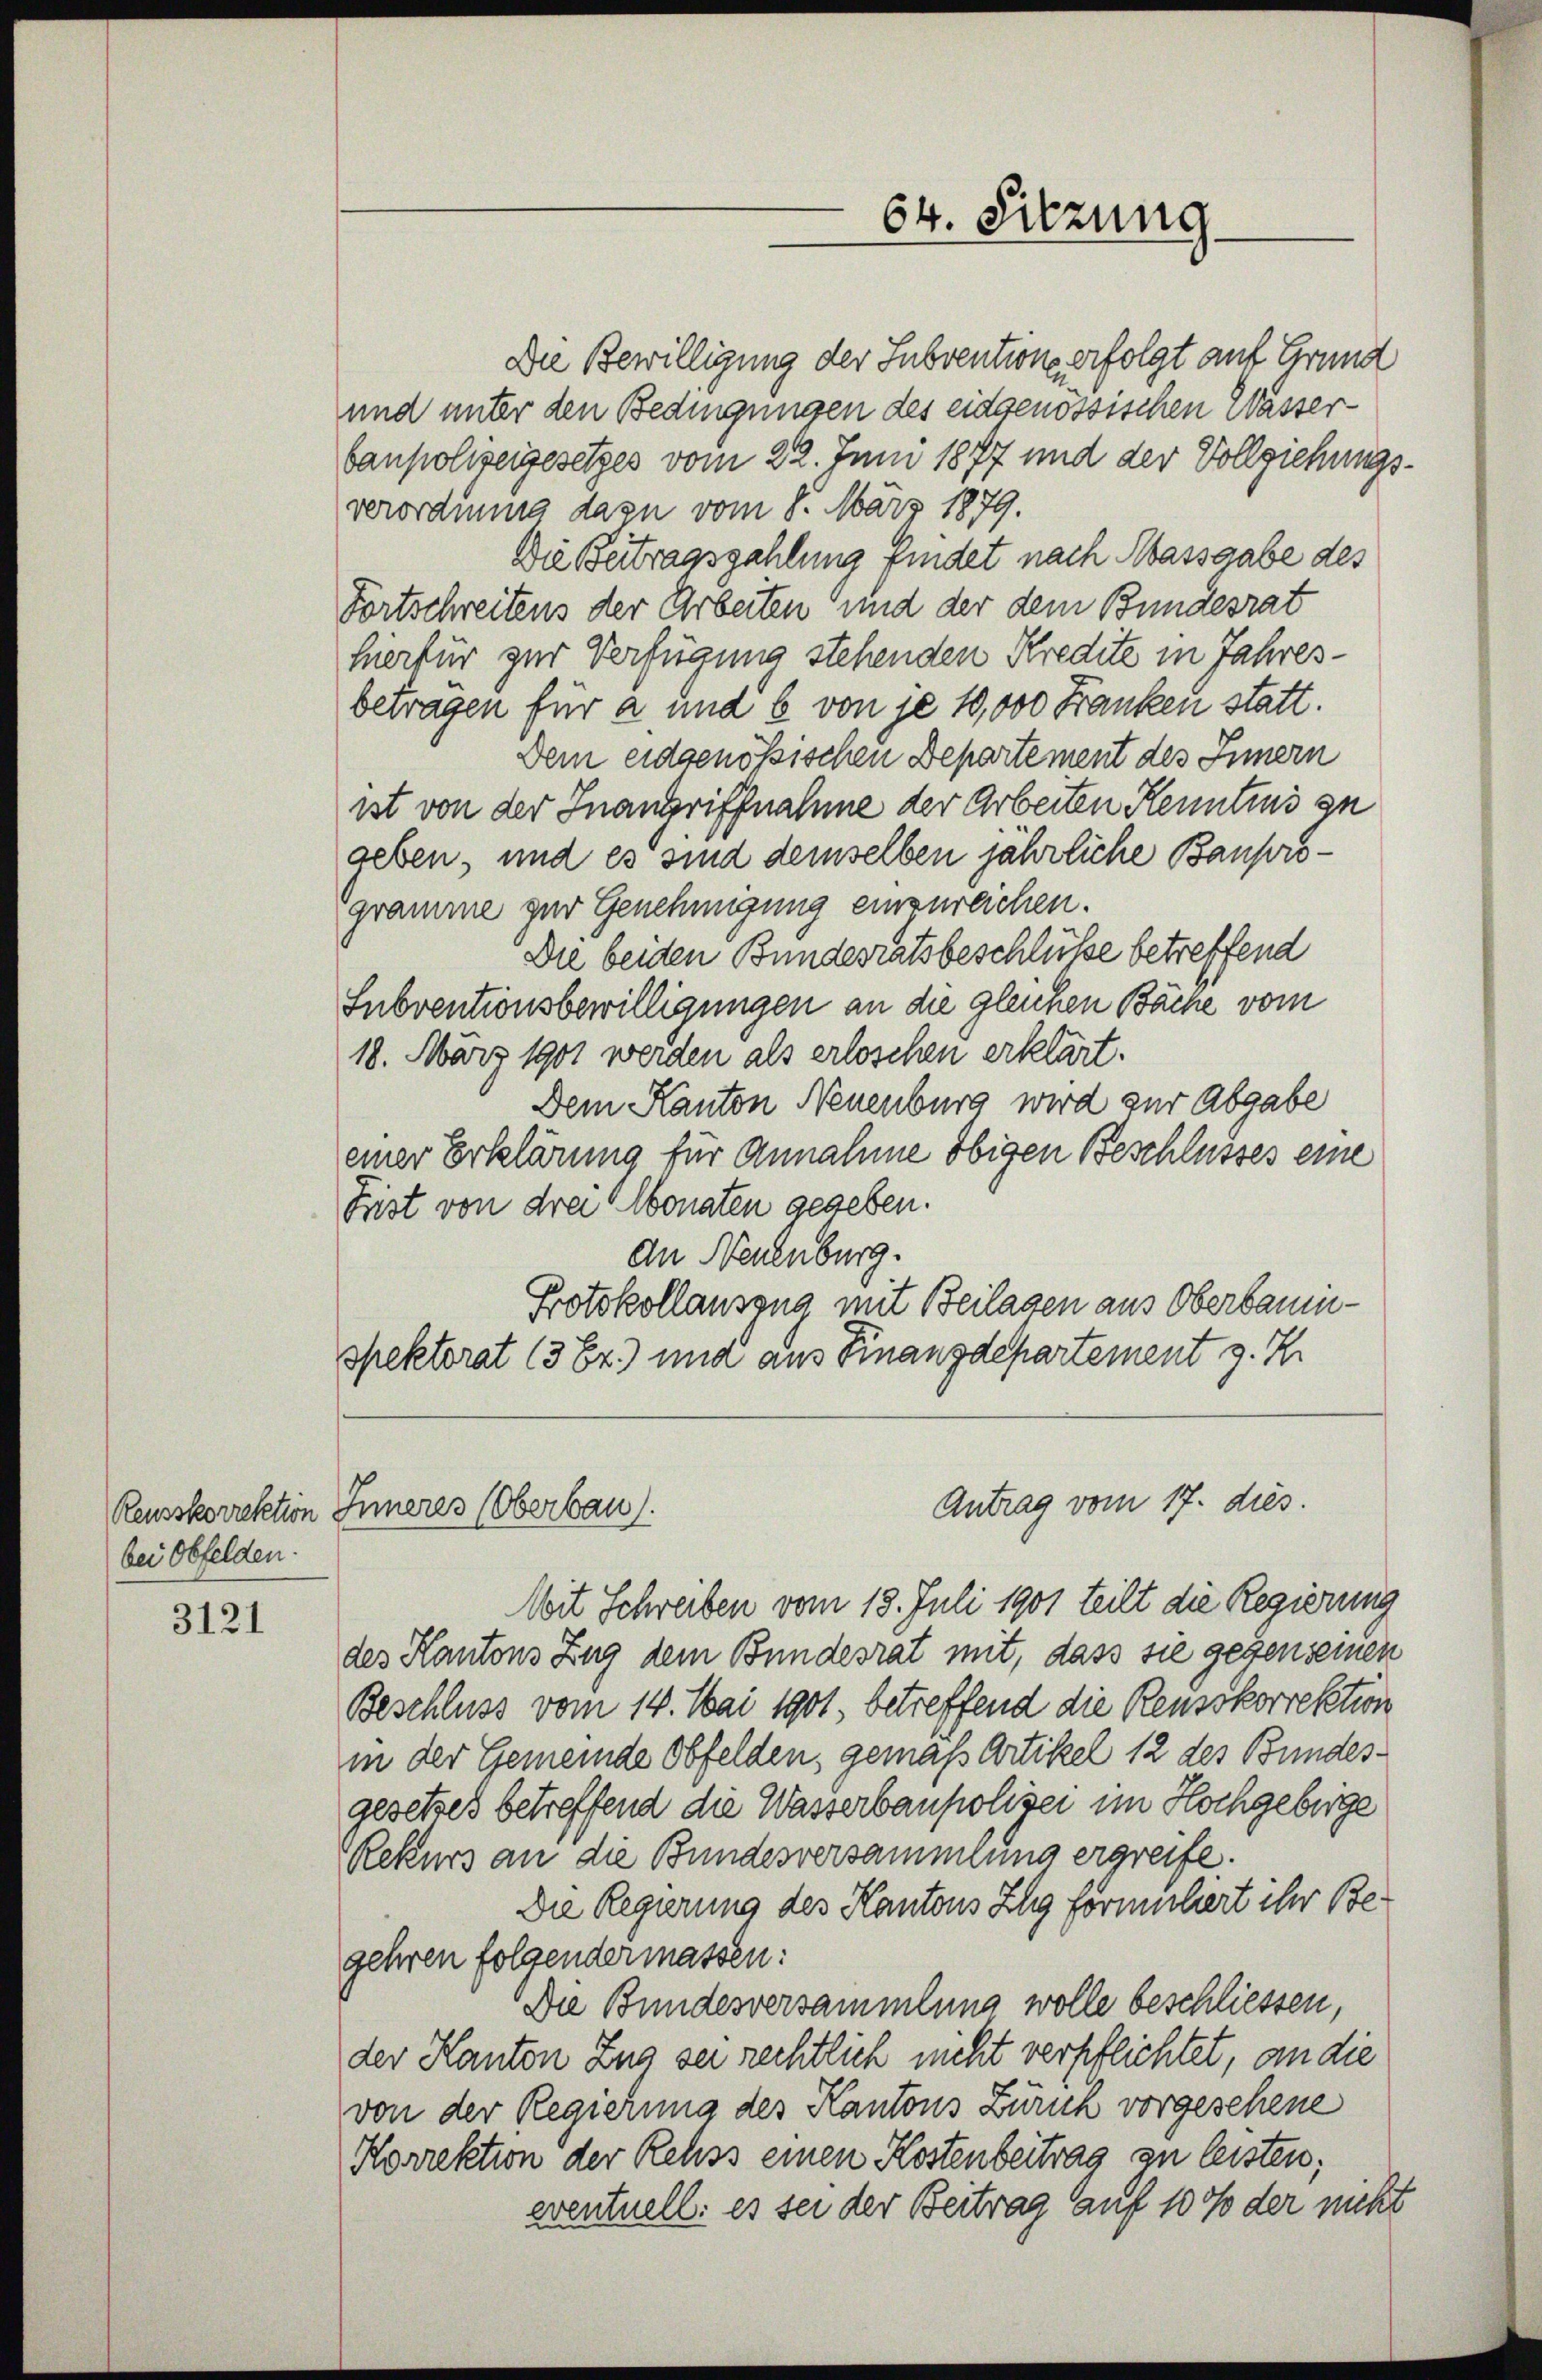
Reusskorrektion
bei Obfelden.

3121

Die Bewilligung der Subventions erfolgt auf Grund
und unter den Bedingungen des eidgenössischen Wasserbaupolizeigesetzes vom 22. Juni 1877 und der Vollziehungsverordnung dazu vom 8. März 1879.
Die Beitragszahlung findet nach Massgabe des
Fortschreitens der Arbeiten und der dem Bundesrat
hierfür zur Verfügung stehenden Kredite in Jahresbetragen für a und b von je 10,000 Franken statt.
Dem eidgenössischen Departement des Innern
ist von der Inangriffnahme der Arbeiten Kenntnis zu
geben, und es sind demselben jährliche Bauprogramme zur Genehmigung einzureichen.
Die beiden Bundesratsbeschlüsse betreffend
Subventionsbewilligungen an die gleichen Bäche vom
18. März 1901 werden als erloschen erklärt.
Dem Kanton Neuenburg wird zur Abgabe
einer Erklärung für Annahme obigen Beschlusses eine
Frist von drei Monaten gegeben.
An Neuenburg.
Protokollauszug mit Beilassen aus Oberbauinspektorat (3 Er.) und aus Finanzdepartement z. Z.

Inneres (Oberbau

64. Sitzung.

Antrag vom 17. dies.

Mit Schreiben vom 18. Juli 1901 teilt die Regierung
des Kantons Zug dem Bundesrat mit, dass sie gegenseinen
Beschluss vom 14. Mai 1901, betreffend die Reusskorrektion
in der Gemeinde Obfelden, gemäß Artikel 12 des Bundesgesetzes betreffend die Wasserbaupolizei im Hochgebirge
Rekurs an die Bundesversammlung ergreife.
Die Regierung des Kantons Zug formuliert ihr Begehren folgendermassen:
Die Bundesversammlung wolle beschliessen,
der Kanton Zug sei rechtlich nicht verpflichtet, an die
von der Regierung des Kantons Zürich vorgesehene
Korrektion der Rehss einen Kostenbeitrag zu leisten;
eventuell: es sei der Beitrag auf 10% der nicht